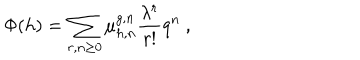
\Phi ( h ) = \sum _ { r , n \geq 0 } \mu _ { h , n } ^ { g , n } \frac { \lambda ^ { r } } { r ! } q ^ { n } \ ,